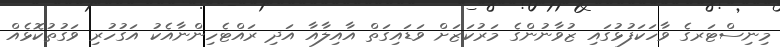
މިނިސްޓަރގެ ވާހަކަފުޅުގައި ޒުވާނުންގެ މަރުކަޒަށް ވަޑައިގަތް އާއިލާއާ އަދި ރައްޓެހިންނާއެކު އަގުހުރި ވަގުތުކޮޅެއް